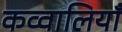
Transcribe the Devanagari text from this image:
कव्वालियाँ